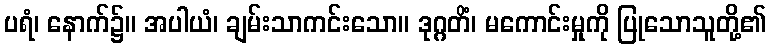
ပရံ၊ နောက်၌။ အပါယံ၊ ချမ်းသာကင်းသော။ ဒုဂ္ဂတိံ၊ မကောင်းမှုကို ပြုသောသူတို့၏